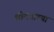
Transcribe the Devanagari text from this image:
श्रीदत्ताच्या